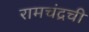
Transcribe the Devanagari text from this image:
रामचंद्रची